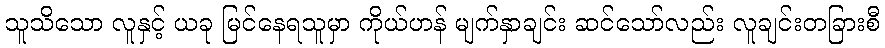
သူသိသော လူနှင့် ယခု မြင်နေရသူမှာ ကိုယ်ဟန် မျက်နှာချင်း ဆင်သော်လည်း လူချင်းတခြားစီ